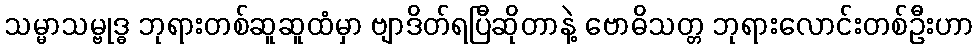
သမ္မာသမ္ဗုဒ္ဓ ဘုရားတစ်ဆူဆူထံမှာ ဗျာဒိတ်ရပြီဆိုတာနဲ့ ဗောဓိသတ္တ ဘုရားလောင်းတစ်ဦးဟာ